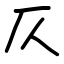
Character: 仄